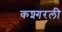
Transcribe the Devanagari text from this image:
कश्गरली